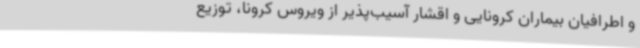
و اطرافیان بیماران کرونایی و اقشار آسیب‌پذیر از ویروس کرونا، توزیع